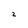
Character: 2